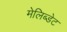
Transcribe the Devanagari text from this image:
मेलिब्डेट